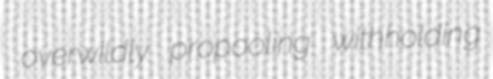
overwildly propooling withholding